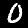
Label: 0